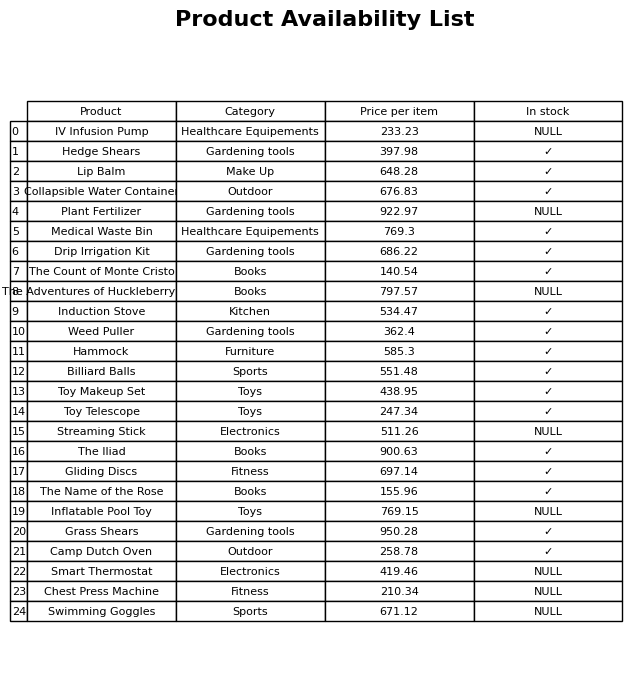
question: Is the Grass Shears in stock?
answer: ✓